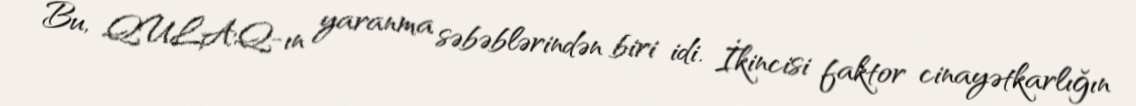
Bu, QULAQ-ın yaranma səbəblərindən biri idi. İkincisi faktor cinayətkarlığın